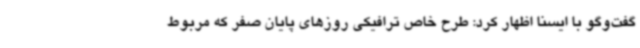
گفت‌وگو با ایسنا اظهار کرد: طرح خاص ترافیکی روزهای پایان صفر که مربوط